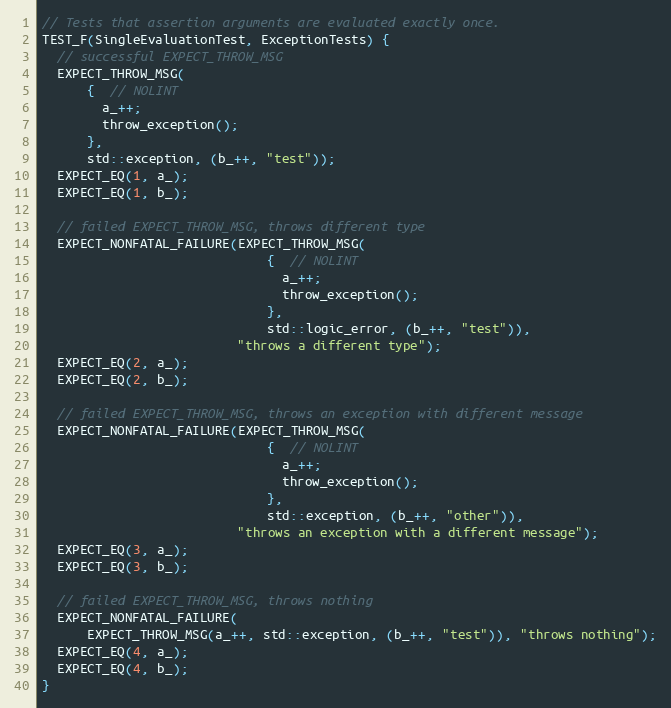
Language: C++
// Tests that assertion arguments are evaluated exactly once.
TEST_F(SingleEvaluationTest, ExceptionTests) {
  // successful EXPECT_THROW_MSG
  EXPECT_THROW_MSG(
      {  // NOLINT
        a_++;
        throw_exception();
      },
      std::exception, (b_++, "test"));
  EXPECT_EQ(1, a_);
  EXPECT_EQ(1, b_);

  // failed EXPECT_THROW_MSG, throws different type
  EXPECT_NONFATAL_FAILURE(EXPECT_THROW_MSG(
                              {  // NOLINT
                                a_++;
                                throw_exception();
                              },
                              std::logic_error, (b_++, "test")),
                          "throws a different type");
  EXPECT_EQ(2, a_);
  EXPECT_EQ(2, b_);

  // failed EXPECT_THROW_MSG, throws an exception with different message
  EXPECT_NONFATAL_FAILURE(EXPECT_THROW_MSG(
                              {  // NOLINT
                                a_++;
                                throw_exception();
                              },
                              std::exception, (b_++, "other")),
                          "throws an exception with a different message");
  EXPECT_EQ(3, a_);
  EXPECT_EQ(3, b_);

  // failed EXPECT_THROW_MSG, throws nothing
  EXPECT_NONFATAL_FAILURE(
      EXPECT_THROW_MSG(a_++, std::exception, (b_++, "test")), "throws nothing");
  EXPECT_EQ(4, a_);
  EXPECT_EQ(4, b_);
}